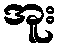
အူး